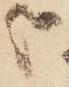
哉